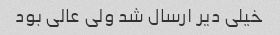
خیلی دیر ارسال شد ولی عالی بود